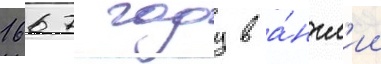
1667 году в а́нгл'ии